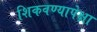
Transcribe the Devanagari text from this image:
शिकवण्यापेक्षा